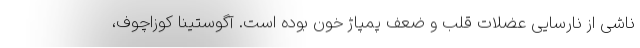
ناشی از نارسایی عضلات قلب و ضعف پمپاژ خون بوده است. آگوستینا کوزاچوف،